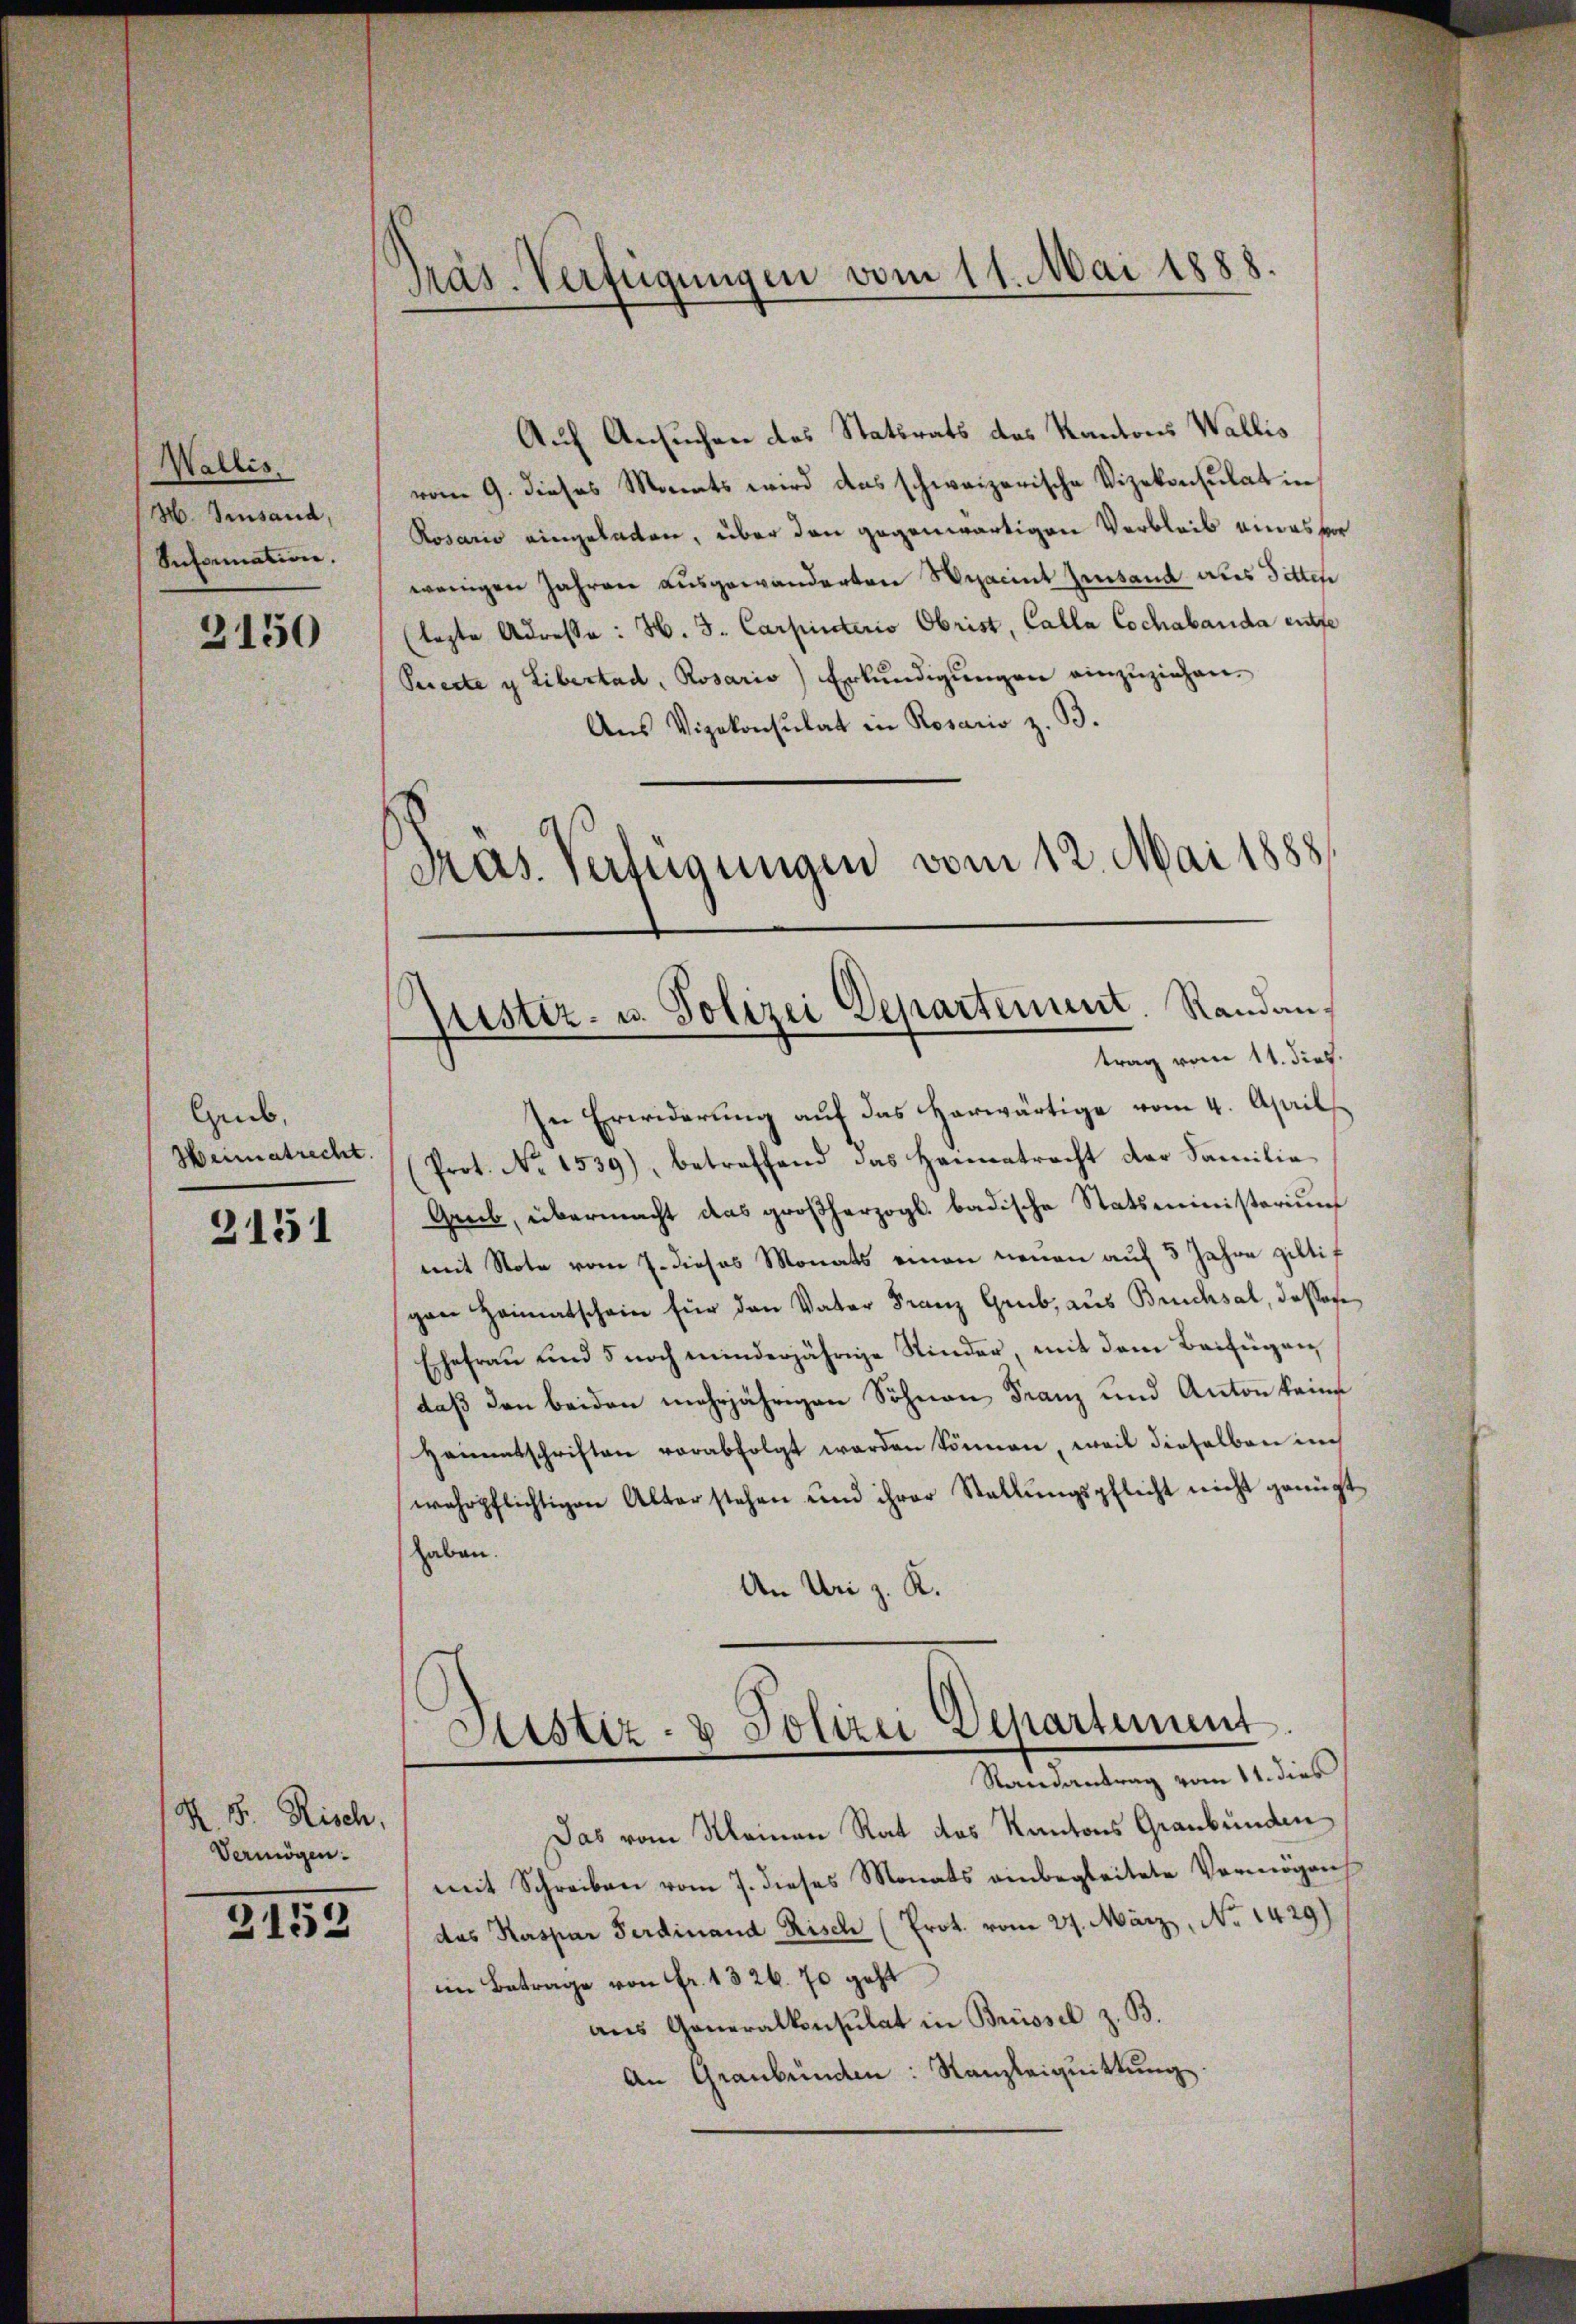
Wallis.
H. Sensand,
Snformation.

3150

Grub
Heimatrecht.

2151

K. B. Risch,
Vermögen.

2152

Präs. Verfügungen vom 11. Mai 1888.

Auf Ansuchen des Statsrats des Kantons Wallis
vom 9. dieses Monats wird das schweizerische Vizekonsulat in
Rosario eingeladen, über den gegenwärtigen Verbleib eines vor
wenigen Jahren ausgewanderten Viacent Zinsend als Sitten
(lezte Adresse: H. J. Carpinterio Obrist, Calla Cochabanda entfe
Peecte y Libertad, Rosario) Erkundigungen einzuziehen.
Aus Vizekonsulat in Rosario z. B.
Präs. Verfügungen vom 12. Mai 1888

Justiz- u. Polizei Departement. Randantrag vom 11. dies

In Erwiderung auf das herwärtige vom 4. April
Prot. No 1539), betreffend das Hannetracht der Familie
Greb, übermacht das großherzogl. badische Statsministerium
mit Note vom 7. dieses Monats einen neuen auf 3 Jahre giltif
gen Heimatschein für den Vater Franz Grub, aus Bruchsal, dassere
Ehefrau und 5 noch minderjährige Kinder, mit dem Beifügen
daß den beiden mehrjährigen Söhnen Franz und Anton keine
Heimatschriften verabfolgt werden können, weil dieselben in
wehrpflichtigen Alterstehen und ihrer Stellŭngspflicht nicht genügt
haben.
An Uri z. K.
Justiz- & Polizei Departement
Randantrag vom 11. dies
Das vom Kleinen Rat des Kantons Graubünden
mit Schreiben vom 7. dieses Monats einbegleitete Vermögen
das Kaspar Ferdinand Risch (Prot. vom 27. März, No 1429)
im Betrage von fr. 1326. 70 geht
aus Generalkonsulat in Brüssel z. B.
An Graubünden: Kanzleiquittung.